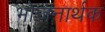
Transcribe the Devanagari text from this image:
भोजनार्थक